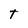
Character: T